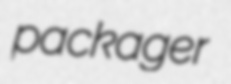
packager